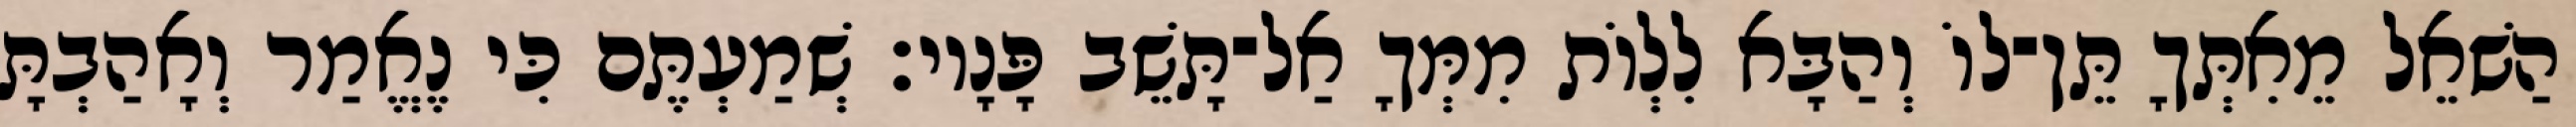
הַשׁאֵל מֵאִתְּךָ תֵּן־לוֹ וְהַבָּא לִלְוֹת מִמְּךָ אַל־תָּשֵׁב פָּנָיו׃ שְׁמַעְתֶּם כִּי נֶאֱמַר וְאָהַבְתָּ